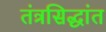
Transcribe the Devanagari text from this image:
तंत्रसिद्धांत